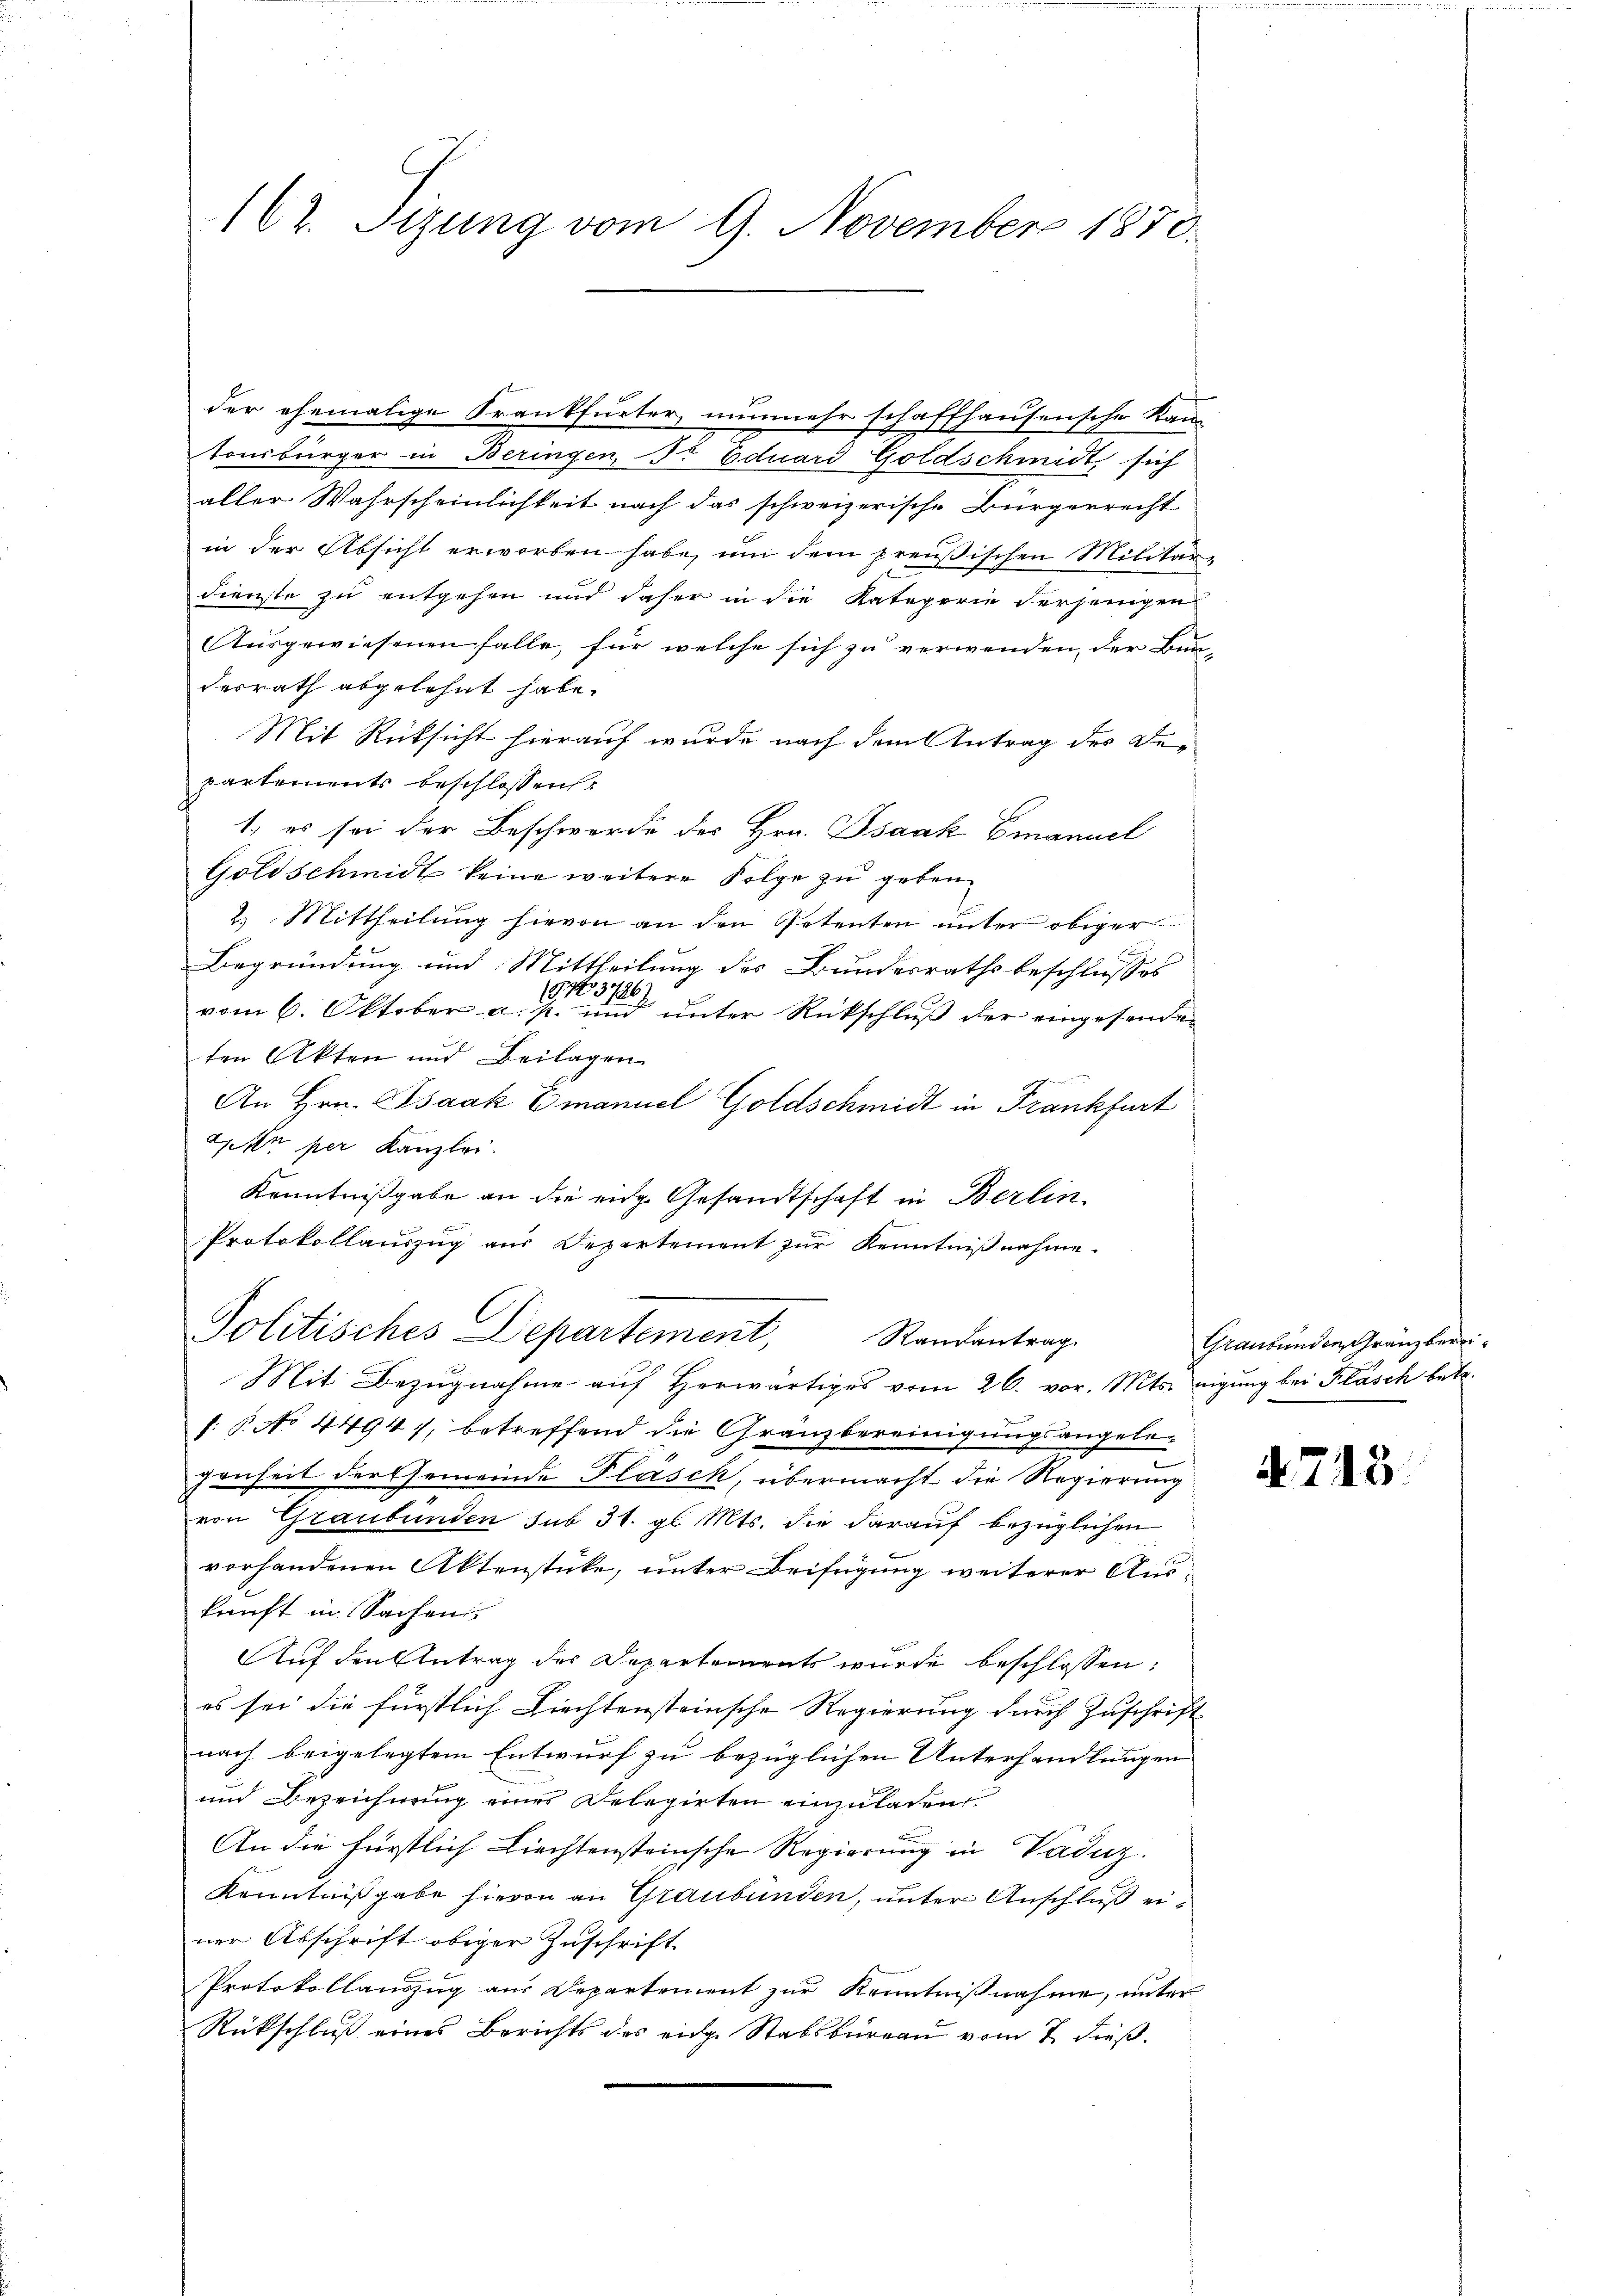
162. Tizung vom 9. November 1870.

der ehemalige Krankfurter, nunmehr schaffhausensche Kan-
tonsbürger in Beringen, dr Eduard Goldschmidt sich
aller Wahrscheinlichkeit nach das schweizerische Bürgerrecht
in der Absicht erworben habe, um dem preußischen Militär-
E
dienste zu entgehen und daher in die Kategorie derjenigen
Ausgewiesenen falle, für welche sich zu verwenden, der Bun
desrath abgelehnt habe.
Mit Rüksicht hierauf wurde nach dem Antrag des Departements beschlossen:
1.) es sei der Beschwerde des Hrn. Isaak Emanuel
Goldschmidt keine weitere Folge zu geben.
2. Mittheilung hievon an den Petenten unter obiger
.
Begründung und Mittheilung des Bundesrathsbeschlusses
/G143786)
vom 6. Oktober a. p. und unter Rückschluß der eingesenden
ten Akten und Beilagen
An Hrn. Isaak Emanuel Goldschmidt in Frankfurt
Peten per Kanzlei.
Kenntnißgabe an die eidg. Gesandtschaft in Berlin
E
Protokollauszug aus Departement zur Kenntnißnahme.

Politisches Departement, Randantrag
Mit Bezugnahme auf Herwärtiges vom 26. vor. Mts. neigung bei Flasch betr.

s: P. No 44947, betreffend die Gränzbereinigungsangele-
genheit der Gemeinde Fläsch, übermacht die Regierung
von Graubünden sub 31. gl. Mts. die darauf bezüglichen
vorhandenen Aktenstücke, unter Beifügung weiterer Auskunft in Sachen
Auf den Antrag des Departements wurde beschlossen:
es sei die fürstlich Liechtensteinsche Regierung durch Zuschrift
nach beigelegtem Entwurf zu bezüglichen Unterhandlungen
und Bezeichnung eines Delegirten einzuladen.
An die fürstlich liechtensteinsche Regierung in Vaduz.
Kenntnißgabe hievon an Graubünden, unter Anschluß einer Abschrift obiger Zuschrift
Protokollauszug aus Departement zur Kenntnißnahme, unter
Rückschluß eines Berichts des eidge Stabsbureau vom 7. dieß.

Graubünden Franz berei¬

4713.